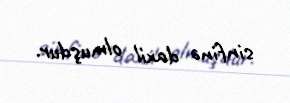
sinfinə daxil olmuşdur.